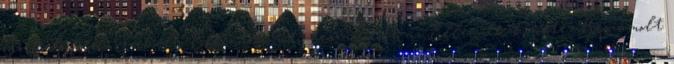
Székelyföld, Székely Ellenzék, úti beszámolóit az Ellenzék közölte. Beszámolt